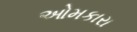
ઓમકારા